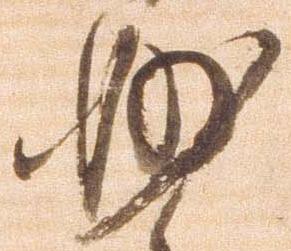
妙